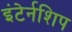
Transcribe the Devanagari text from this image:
इंटेर्नशिप